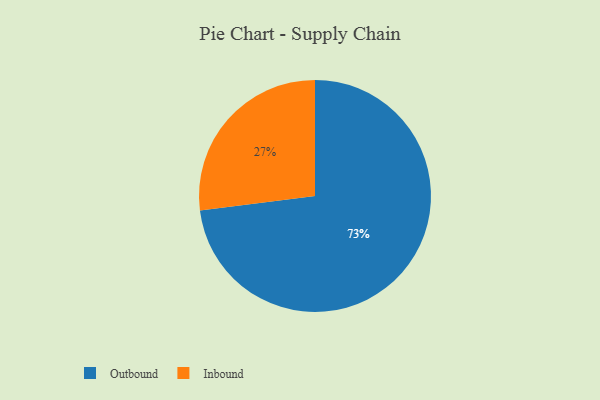
{"axis": {"x": "Category", "y": "Percentage"}, "legend": ["Inbound", "Outbound"], "data": [{"x": "Inbound", "y": 27, "type": "Inbound"}, {"x": "Outbound", "y": 73, "type": "Outbound"}]}